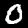
Digit: 0